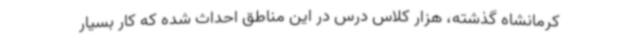
کرمانشاه گذشته، هزار کلاس درس در این مناطق احداث شده که کار بسیار